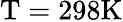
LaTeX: \mathrm{T}=\mathrm{298K}